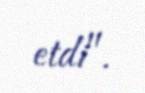
etdi".